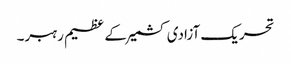
تحریک آزادی کشمیر کے عظیم رہبر۔